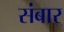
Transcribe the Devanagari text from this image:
संबार